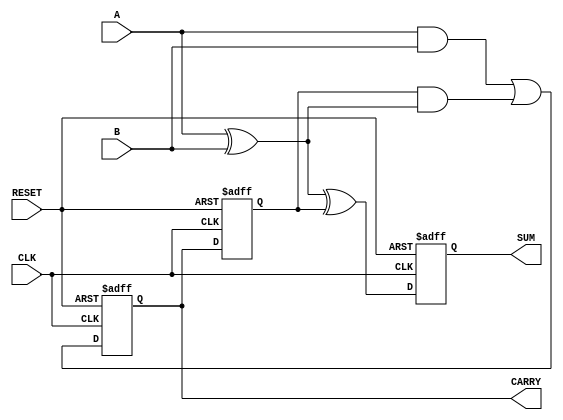
module sequential_half_adder (
    input wire A,        // First input bit
    input wire B,        // Second input bit
    input wire CLK,      // Clock signal
    input wire RESET,    // Reset signal
    output reg SUM,      // Sum output
    output reg CARRY     // Carry output
);

    // Internal state variable to hold the previous carry
    reg previous_carry;

    // Always block triggered on the rising edge of the clock
    always @(posedge CLK or posedge RESET) begin
        if (RESET) begin
            // Reset the outputs and internal state
            SUM <= 1'b0;
            CARRY <= 1'b0;
            previous_carry <= 1'b0;
        end else begin
            // Compute new sum and carry
            SUM <= A ^ B ^ previous_carry;  // SUM = A XOR B XOR previous_carry
            CARRY <= (A & B) | (previous_carry & (A ^ B)); // CARRY = (A AND B) OR (previous_carry AND (A XOR B))
            // Update the previous carry for the next clock cycle
            previous_carry <= CARRY;
        end
    end

endmodule